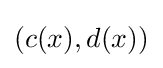
(c(x),d(x))